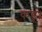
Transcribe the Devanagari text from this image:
कंडू।